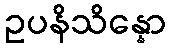
ဥပနိသိန္နော